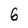
Character: 6